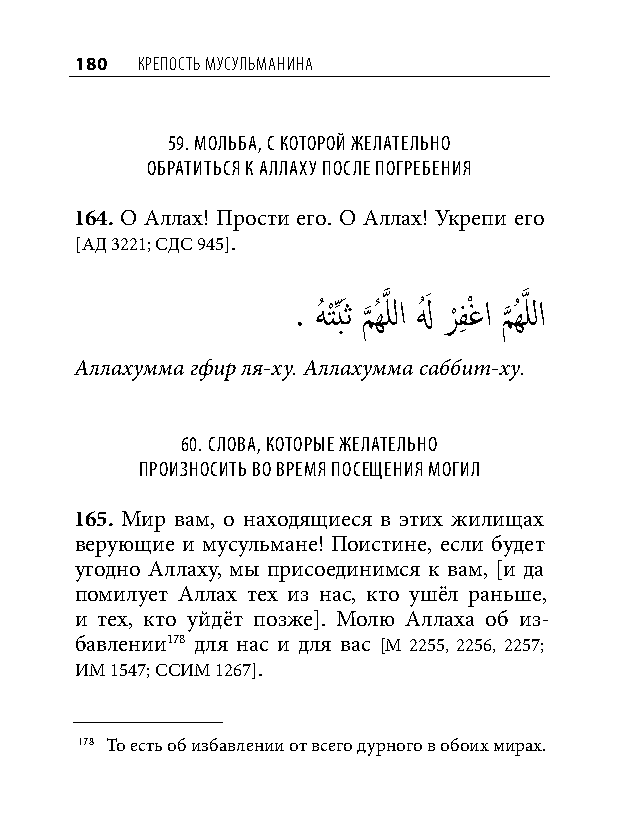
180 КреПость мусульманина
 59. мольба, С которой желательно
 обратитьСя к аллаху поСле погребения
 164. О Аллах! Прости его. О Аллах! Укрепи его
 [АД 3221; СДС 945].
 . هُ تِّْبَث م
 َّذ
 ُهَّذ للا لهُ َ ر
 ْ
 فِ ْغا م
 َّذ
 ُهَّذ للا
 Аллахумма гфир ля-ху. Аллахумма саббит-ху.
 60. Слова, которые желательно
 произноСить во время поСещения могил
 165. Мир вам, о находящиеся в этих жилищах
 верующие и мусульмане! Поистине, если будет
 угодно Аллаху, мы присоединимся к вам, [и да
 помилует Аллах тех из нас, кто ушёл раньше,
 и тех, кто уйдёт позже]. Молю Аллаха об из-
 бавлении178 для нас и для вас [М 2255, 2256, 2257;
 ИМ 1547; ССИМ 1267].
 178 То есть об избавлении от всего дурного в обоих мирах.